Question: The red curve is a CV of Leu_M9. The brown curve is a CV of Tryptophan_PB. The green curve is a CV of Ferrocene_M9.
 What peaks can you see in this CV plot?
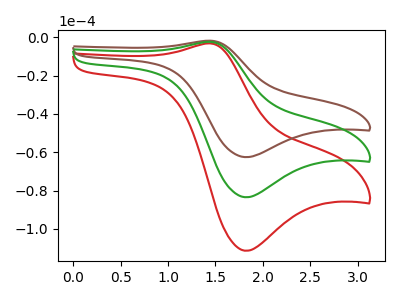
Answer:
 <answer>The red curve "Leu_M9" has an anodic peak at (1.45V, -4.80uA) and a cathodic peak at (1.80V, -167.05uA). The brown curve "Tryptophan_PB" has an anodic peak at (1.45V, -1.80uA) and a cathodic peak at (1.80V, -62.60uA). The green curve "Ferrocene_M9" has an anodic peak at (1.45V, -2.40uA) and a cathodic peak at (1.80V, -83.50uA).</answer>
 <eval></eval>